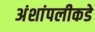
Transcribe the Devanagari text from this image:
अंशांपलीकडे